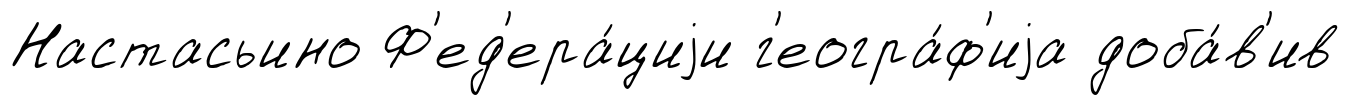
Настасьино Ф'ед'ера́циjи г'еогра́ф'иjа доба́в'ив